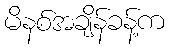
မိနစ်အချိန်ခန့်က